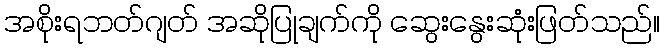
အစိုးရဘတ်ဂျတ် အဆိုပြုချက်ကို ဆွေးနွေးဆုံးဖြတ်သည်။